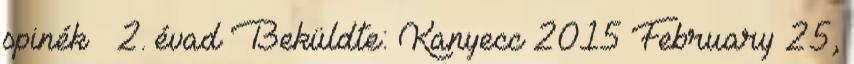
spinék – 2. évad Beküldte: Kanyecc 2015 February 25,